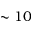
\sim 1 0